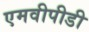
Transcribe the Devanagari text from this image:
एमवीपीडी